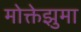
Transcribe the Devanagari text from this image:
मोक्तेझुमा